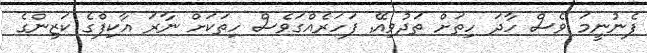
ފެނުނީމަ ވެސް ހާދަ ހިތަށް ތަދުވިއޭ